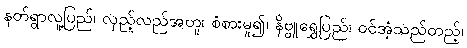
နတ်ရွာလူ့ပြည်၊ လှည့်လည်အတူ၊ စံစားမူ၍၊ နိဗ္ဗူရွှေပြည်၊ ဝင်အံ့သည်တည့်၊